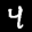
Label: 4